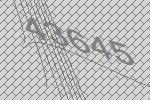
43645